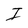
Character: I